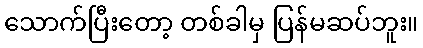
သောက်ပြီးတော့ တစ်ခါမှ ပြန်မဆပ်ဘူး။